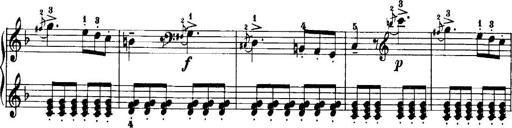
Title: 7 Sonatinas
Composer: Anton Diabelli